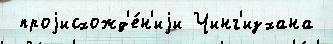
 проjисхожд'е́н'иjи Чинг'изхана